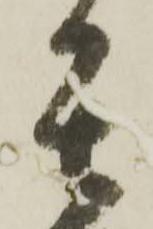
其